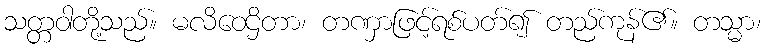
သတ္တဝါတို့သည်။ မလိဝေဌိတာ၊ တဏှာဖြင့်ရစ်ပတ်၍ တည်ကုန်၏။ တသ္မာ၊